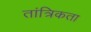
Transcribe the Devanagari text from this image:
तांत्रिकता